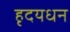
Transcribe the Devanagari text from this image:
हृदयधन